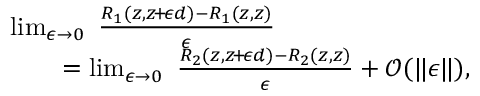
\begin{array} { r l } & { \operatorname* { l i m } _ { \epsilon \rightarrow 0 } ~ \frac { R _ { 1 } ( z , z \! + \! \epsilon d ) - R _ { 1 } ( z , z ) } { \epsilon } } \\ & { \qquad = \operatorname* { l i m } _ { \epsilon \rightarrow 0 } ~ \frac { R _ { 2 } ( z , z \! + \! \epsilon d ) - R _ { 2 } ( z , z ) } { \epsilon } + \mathcal { O } ( \Vert \epsilon \Vert ) , } \end{array}